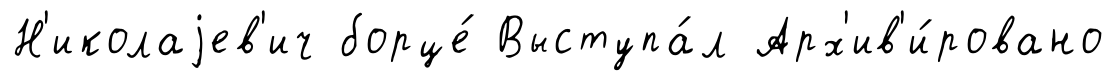
Н'иколаjев'ич борце́ Выступа́л Арх'ив'и́ровано